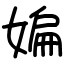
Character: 媥